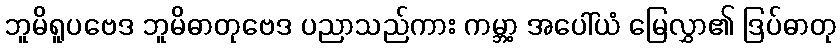
ဘူမိရူပဗေဒ ဘူမိဓာတုဗေဒ ပညာသည်ကား ကမ္ဘာ့ အပေါ်ယံ မြေလွှာ၏ ဒြပ်ဓာတု